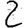
Digit: 2